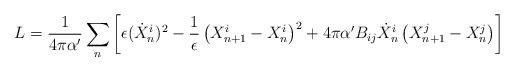
LaTeX: \begin{align*} L = \frac{1}{4 \pi \alpha'} \sum_{n}\left[ \epsilon(\dot{X}^{i}_{n})^2 - \frac{1}{\epsilon} \left(X^{i}_{n+1} - X^{i}_{n}\right)^2 + 4\pi \alpha' B_{ij} \dot{X}^{i}_{n} \left(X^{j}_{n+1} - X^{j}_{n}\right)\right]\end{align*}